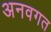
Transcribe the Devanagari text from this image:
अनवगत